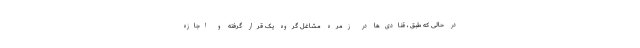
در حالی که طبق ، قنادی‌ها در زمره مشاغل گروه یک قرار گرفته و اجازه